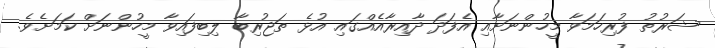
ޝަރުތު ފުރިހަމަވާ މީހުންނަށާއި އެފަދަ ދާއިރާއެއްގައި އުޅެ ތަޖުރިބާ ލިބިފައިވާ މީހުންނަށް ކަމަށެވެ.